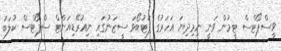
ވީސްޕޯޓްސް ޓީމުން ވަނީ ނިމިދިޔަ އަހަރުގެ ފުޓުބޯޅަ ސީޒަނުގައި ނިއުރޭޑިއަންޓް ސްޕޯޓްސް ކުލަބު